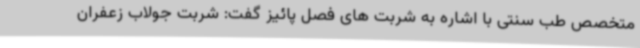
متخصص طب سنتی با اشاره به شربت های فصل پائیز گفت: شربت جولاب زعفران